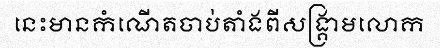
នេះមានកំណើតចាប់តាំងពីសង្គ្រាមលោក